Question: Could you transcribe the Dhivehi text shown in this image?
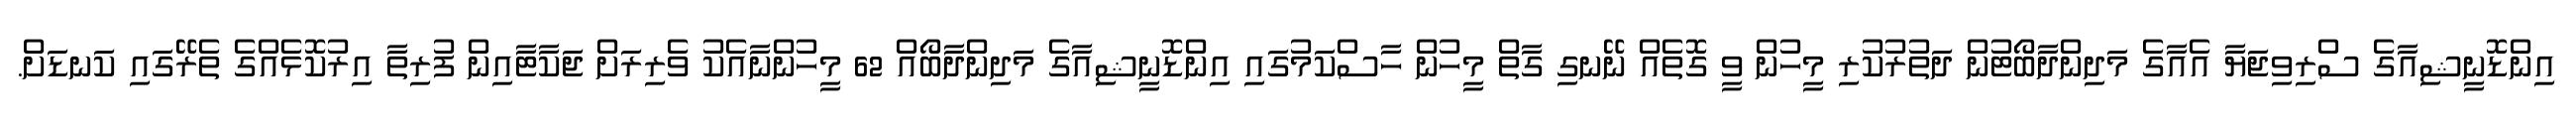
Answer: އިންޑޮނީޝިއާގެ ސްރިވިޖަޔާ އެއާގެ މަދިންދާބޯޓުން ދަތުރުކުރި މީހުން ވީ ގޮތެއް ނޭނގި ގާތް މީހުން ހާސްކަމުގައި އިންޑޮނީޝިއާގެ މަދިންދާބޯއް 62 މީހުންނާއެކު ވެރިރަށް ޖަކާޓާއިން ފުރިތާ އިރުކޮޅެއްގެ ތެރޭގައި ކަނޑަށް.